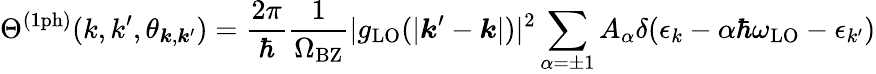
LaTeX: \Theta^{\mathrm{(1ph)}}(k,k^{\prime},\theta_{\boldsymbol{k},\boldsymbol{k}^{\prime}})=\frac{2\pi}{\hbar}\frac{1}{\Omega_{\mathrm{BZ}}}|g_{\mathrm{LO}}(|\boldsymbol{k}^{\prime}-\boldsymbol{k}|)|^{2}\sum_{\alpha=\pm 1}A_{\alpha}\delta(\epsilon_{k}-\alpha\hbar\omega_{\mathrm{LO}}-\epsilon_{k^{\prime}})